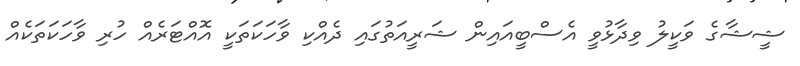
ޝީޝާގެ ވަކީލު ވިދާޅުވީ އެސްބީއައިން ޝަރީއަތުގައި ދެއްކި ވާހަކަތަކީ އޮއްޓަރެއް ހުރި ވާހަކަތަކެއް